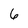
Character: 6